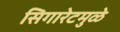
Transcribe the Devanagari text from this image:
सिगारेटमुळे